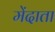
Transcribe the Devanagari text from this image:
मेंदाता